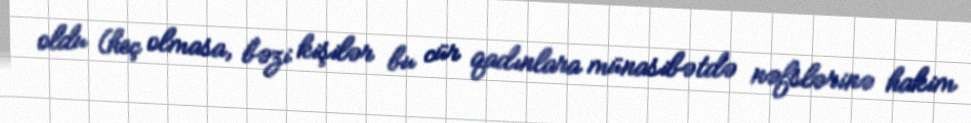
oldu (heç olmasa, bəzi kişilər bu cür qadınlara münasibətdə nəfslərinə hakim